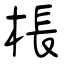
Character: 棖